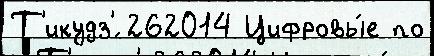
Т'икудз'́ 262014 Цифровы́е по